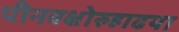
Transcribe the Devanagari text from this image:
पीनवक्षोरुहाढया